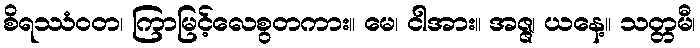
စိရဿံဝတ၊ ကြာမြင့်လေစွတကား။ မေ၊ ငါအား။ အဇ္ဇ၊ ယနေ့။ သတ္တမီ၊